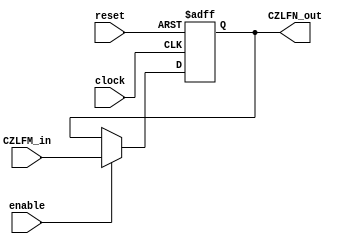
`timescale 1ns / 1ps
//////////////////////////////////////////////////////////////////////////////////
// Company: 
// 
// Design Name: 
// Module Name:    Processor_Status_Register 
// Project Name: 
// Target Devices: 
// Tool versions: 
// Description: 
//
// Dependencies: 
//
// Revision: 
// Revision 0.01 - File Created
// Additional Comments: 
//
//////////////////////////////////////////////////////////////////////////////////
module Processor_Status_Register(
	 input clock,
	 input reset,
	 input enable,
    input [4:0] CZLFM_in,
    output reg[4:0] CZLFN_out 
    );

always@(posedge clock, negedge reset)
begin
	if (~reset)
		CZLFN_out <= 0;
	else	
	if (enable)
		CZLFN_out <= CZLFM_in;
		
end

endmodule